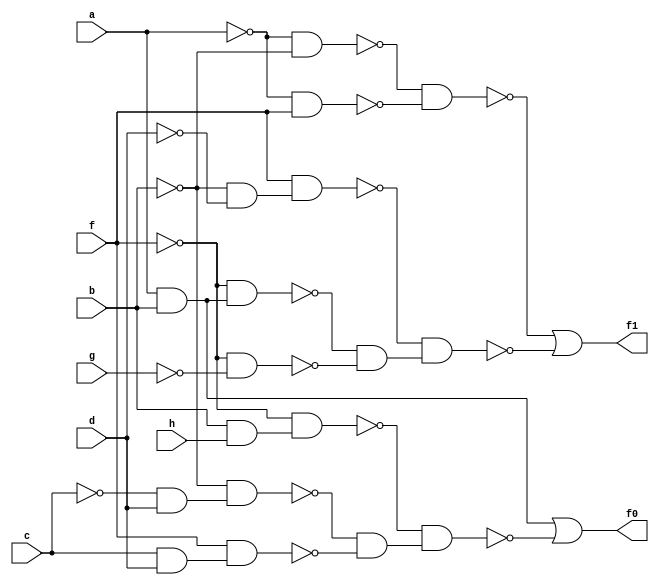
module top ( 
    a, b, c, d, f, g, h,
    f0, f1  );
  input  a, b, c, d, f, g, h;
  output f0, f1;
  wire new_n10_, new_n11_, new_n12_, new_n13_, new_n14_, new_n15_, new_n16_,
    new_n17_, new_n18_, new_n20_, new_n21_, new_n22_, new_n23_, new_n24_,
    new_n25_, new_n26_, new_n27_, new_n28_;
  assign new_n10_ = a & b;
  assign new_n11_ = ~c & d;
  assign new_n12_ = ~b & new_n11_;
  assign new_n13_ = c & d;
  assign new_n14_ = f & new_n13_;
  assign new_n15_ = b & h;
  assign new_n16_ = ~f & new_n15_;
  assign new_n17_ = ~new_n12_ & ~new_n14_;
  assign new_n18_ = ~new_n16_ & new_n17_;
  assign f0 = new_n10_ | ~new_n18_;
  assign new_n20_ = ~a & ~b;
  assign new_n21_ = ~a & f;
  assign new_n22_ = ~new_n20_ & ~new_n21_;
  assign new_n23_ = ~f & new_n10_;
  assign new_n24_ = ~f & ~g;
  assign new_n25_ = ~b & ~d;
  assign new_n26_ = f & new_n25_;
  assign new_n27_ = ~new_n23_ & ~new_n24_;
  assign new_n28_ = ~new_n26_ & new_n27_;
  assign f1 = ~new_n22_ | ~new_n28_;
endmodule